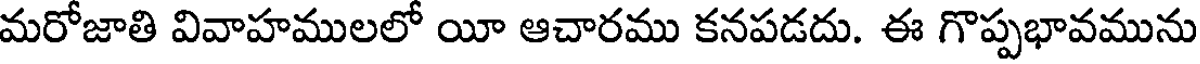
మరోజాతి వివాహములలో యీ ఆచారము కనపడదు. ఈ గొప్పభావమును